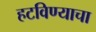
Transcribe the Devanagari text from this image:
हटविण्याचा